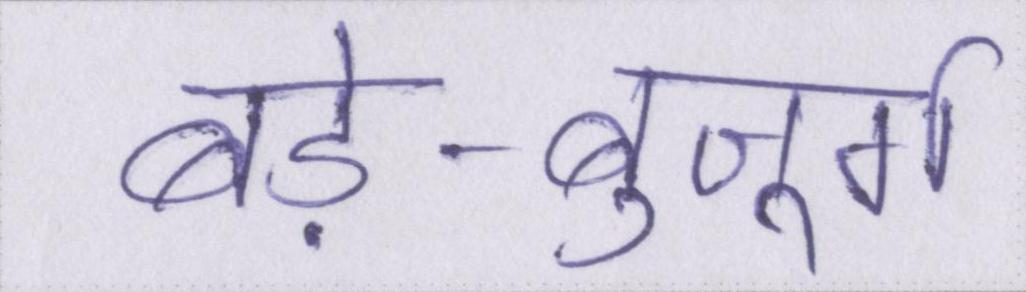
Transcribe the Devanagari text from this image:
बड़े-बुजूर्ग